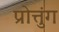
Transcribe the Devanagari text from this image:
प्रोत्तुंग